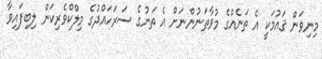
މިނިވަން ޤައުމަކީ އެ ތަނެއްގެ މުވާޠަނުންނަށް އެ ތަނުގެ ސަރަހައްދުގެ މިލްކްވެރިކަން ލިބިފައިވާ